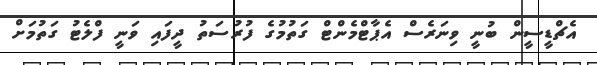
އެޗްޑީސީން ބުނީ ވިނަރެސް އެޕާޓްމެންޓް ގަތުމުގެ ފުރުސަތު ދީފައި ވަނީ ފްލެޓު ގަތުމަށް